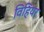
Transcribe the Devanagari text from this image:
विहियर